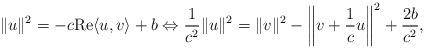
LaTeX: \begin{align*} \|u\|^2 = -c \mathrm{Re} \langle u,v \rangle + b \Leftrightarrow \frac{1}{c^2} \|u\|^2 = \|v\|^2 - \bigg\|v + \frac{1}{c}u\bigg\|^2 + \frac{2b}{c^2},\end{align*}